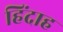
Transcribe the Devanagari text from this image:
हिंदाह